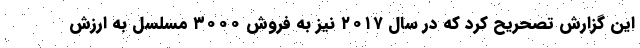
این گزارش تصحریح کرد که در سال ۲۰۱۷ نیز به فروش ۳۰۰۰ مسلسل به ارزش